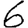
Digit: 6